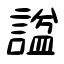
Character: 諡